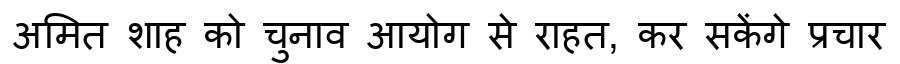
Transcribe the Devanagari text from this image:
अमित शाह को चुनाव आयोग से राहत, कर सकेंगे प्रचार